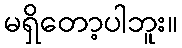
မရှိတော့ပါဘူး။